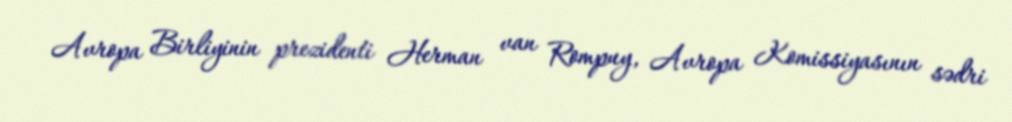
Avropa Birliyinin prezidenti Herman van Rompuy, Avropa Komissiyasının sədri